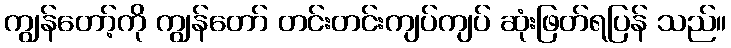
ကျွန်တော့်ကို ကျွန်တော် တင်းတင်းကျပ်ကျပ် ဆုံးဖြတ်ရပြန် သည်။